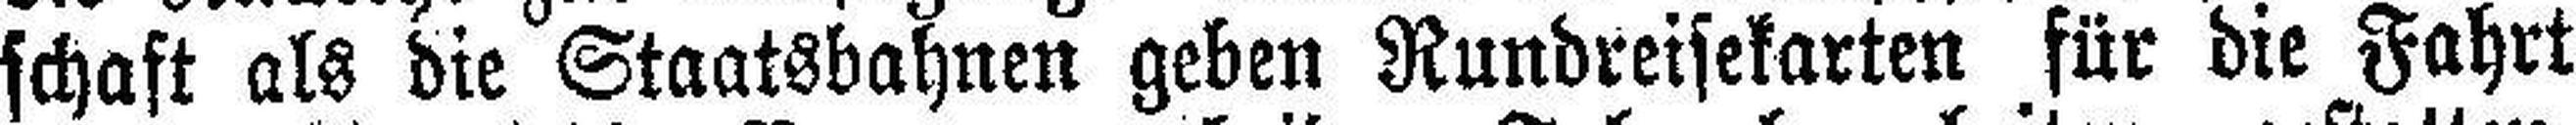
schaft als die Staatsbahnen geben Rundreisekarten für die Fahrt